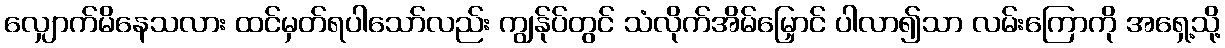
လျှောက်မိနေသလား ထင်မှတ်ရပါသော်လည်း ကျွန်ုပ်တွင် သံလိုက်အိမ်မြှောင် ပါလာ၍သာ လမ်းကြောကို အရှေ့သို့